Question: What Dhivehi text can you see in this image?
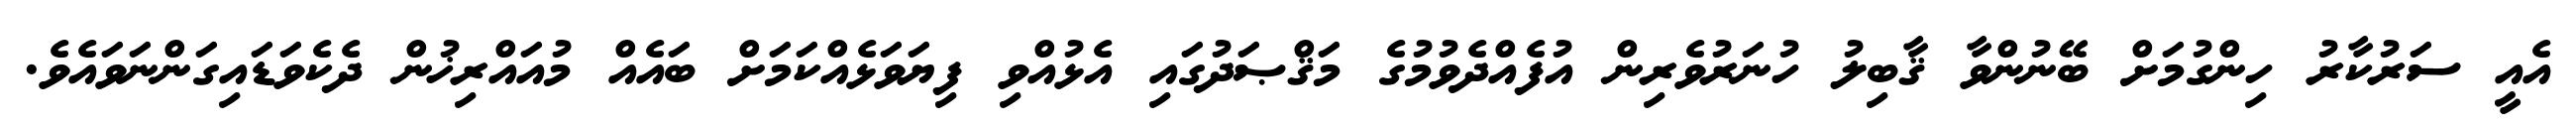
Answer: އެއީ ސަރުކާރު ހިންގުމަށް ބޭނުންވާ ޤާބިލު ހުނަރުވެރިން އުފެއްދެވުމުގެ މަޤްޞަދުގައި އެޅުއްވި ފިޔަވަޅެއްކަމަށް ބައެއް މުއައްރިޚުން ދެކެވަޑައިގަންނަވައެވެ.